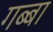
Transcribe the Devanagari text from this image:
गब्बा